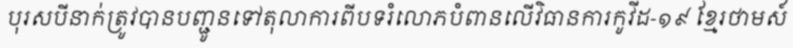
បុរសបីនាក់ត្រូវបានបញ្ជូនទៅតុលាការពីបទរំលោភបំពានលើវិធានការកូវីដ-១៩ ខ្មែរថាមស៍